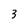
Character: 3